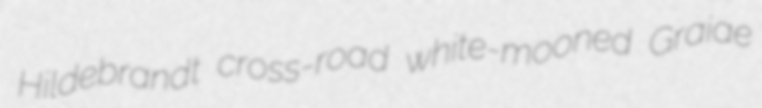
Hildebrandt cross-road white-mooned Graiae